Indian journal of veterinary science and animal husbandry - Volume 4,
Year: 1934
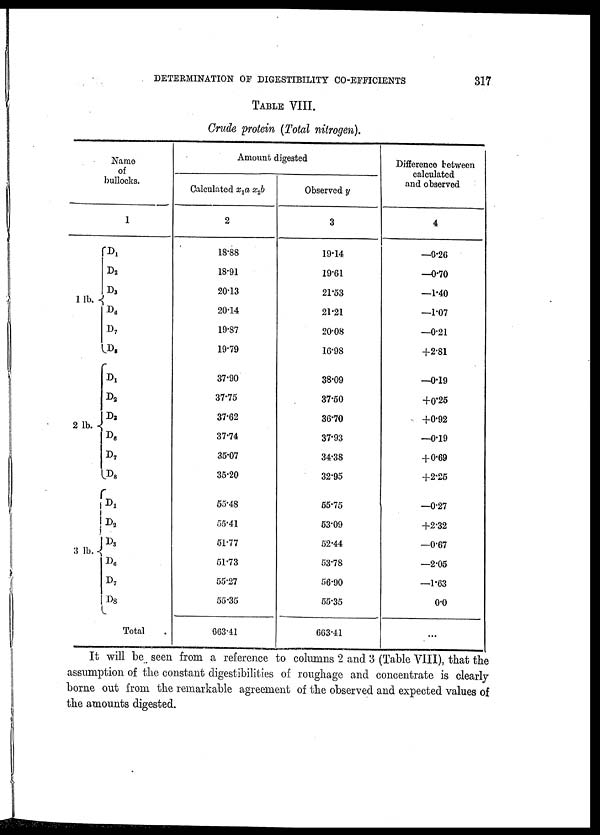
DETERMINATION OF DIGESTIBILITY CO-EFFICIENTS
317
TABLE VIII.
Crude protein (Total nitrogen).
Name
of
bullocks.
1 lb. {
2 lb. {
3 lb. {
1
D 1
D 2
D 3
D 6
D 7
D 8
D 1
D 2
D 3
D 6
D 7
D 8
D 1
D 2
D 3
D 6
D 7
D 8
Total
Amount digested
Calculated x 1 a x 2 b
2
18.88
18.91
20.13
20.14
19.87
19.79
37.90
37.75
37.62
37.74
35.07
35.20
55.48
55.41
51.77
51.73
55.27
55.35
663.41
Observed y
3
19.14
19.61
21.53
21.21
20.08
16.98
38.09
37.50
36.70
37.93
34.38
32.95
55.75
53.09
52.44
53.78
56.90
55.35
663.41
Difference between
calculated
and observed
4
—0.26
—0.70
—1.40
—1.07
—0.21
+2.81
—0.19
+0.25
+0.92
—0.19
+ 0.69
+2.25
—0.27
+2.32
—0.67
—2.05
—1.63
0.0
...
It will be seen from a reference to columns 2 and 3 (Table VIII), that the
assumption of the constant digestibilities of roughage and concentrate is clearly
borne out from the remarkable agreement of the observed and expected values of
the amounts digested.